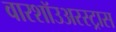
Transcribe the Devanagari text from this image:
वारशॉउअरस्ट्रास